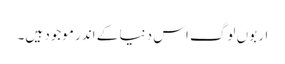
اربوں لوگ اس دنیا کے اندر موجود ہیں۔